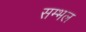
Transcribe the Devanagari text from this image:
सम्‍भल